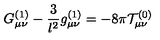
G _ { \mu \nu } ^ { ( 1 ) } - \frac { 3 } { l ^ { 2 } } g _ { \mu \nu } ^ { ( 1 ) } = - 8 \pi { \cal T } _ { \mu \nu } ^ { ( 0 ) }